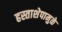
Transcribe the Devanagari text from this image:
हस्ताशेपामुळे